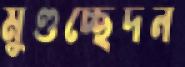
মুণ্ডচ্ছেদন